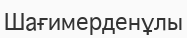
Шағимерденұлы